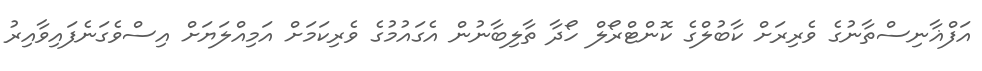
އަފްޣާނިސްތާނުގެ ވެރިރަށް ކާބުލްގެ ކޮންޓްރޯލް ހޯދާ ތާލިބާނުން އެގައުމުގެ ވެރިކަމަށް އަމިއްލަޔަށް އިސްވެގަނެފައިވާއިރު